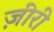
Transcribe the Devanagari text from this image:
ज़ीरी